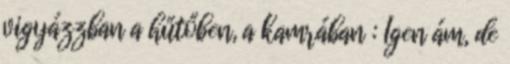
vigyázzban a hűtőben, a kamrában : Igen ám, de